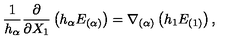
\frac { 1 } { h _ { \alpha } } \frac { \partial } { \partial X _ { 1 } } \left( h _ { \alpha } E _ { ( \alpha ) } \right) = \nabla _ { ( \alpha ) } \left( h _ { 1 } E _ { ( 1 ) } \right) ,